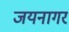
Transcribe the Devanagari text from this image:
जयनागर